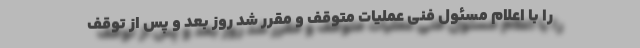
را با اعلام مسئول فنی عملیات متوقف و مقرر شد روز بعد و پس از توقف